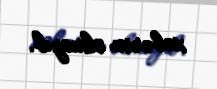
xəbərim olmayıb.